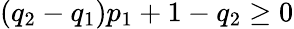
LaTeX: (q_{2}-q_{1})p_{1}+1-q_{2}\geq 0